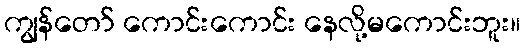
ကျွန်တော် ကောင်းကောင်း နေလို့မကောင်းဘူး။